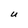
Character: U